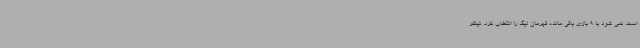
است. نمی شود با 9 بازی باقی مانده قهرمان لیگ را انتخاب کرد. نیکفر